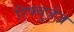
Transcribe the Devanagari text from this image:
रिफ्यूज़ेज़